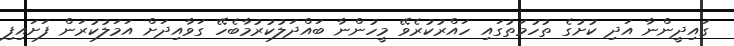
ގައިދީންނާ އަދި ކުށުގެ ތުހުމަތުގައި ހައްރުކުރެވޭ މީހުންނާ ބައްދަލުކުރުމާބެހޭ ގަވާއިދަށް އަމަލުކުރަން ފަށައިފި